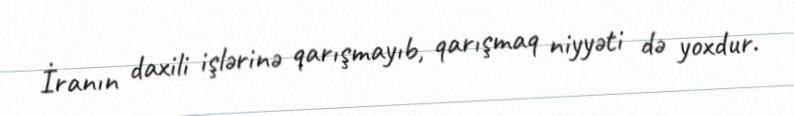
İranın daxili işlərinə qarışmayıb, qarışmaq niyyəti də yoxdur.